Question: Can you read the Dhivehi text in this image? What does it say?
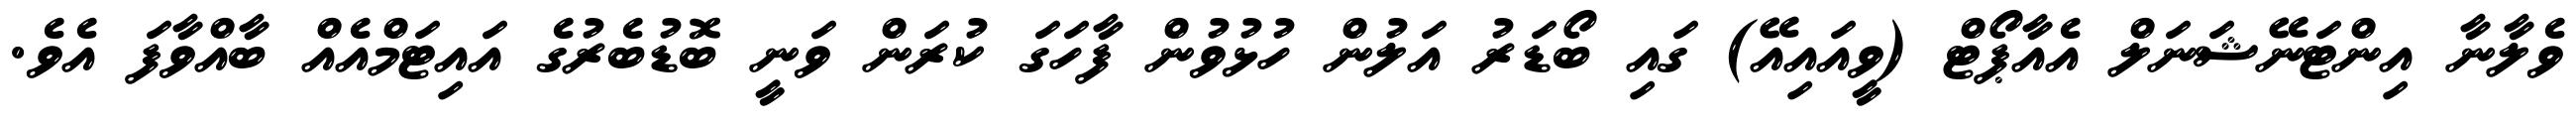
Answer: ވެލާނާ އިންޓަނޭޝަނަލް އެއާޕޯޓް (ވީއައިއޭ) ގައި ބޯޑަރު އަލުން ހުޅުވުން ފާހަގަ ކުރަން ވަނީ ބޮޑުބެރުގެ އައިޓަމްއެއް ބާއްވާފަ އެވެ.